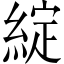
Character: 綻